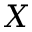
X